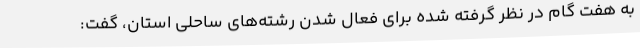
به هفت گام در نظر گرفته شده برای فعال شدن رشته‌های ساحلی استان، گفت: